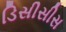
ડિસીસીસ